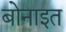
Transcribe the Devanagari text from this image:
बोनाइत